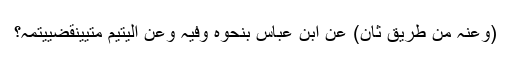
(وَعَنْہُ مِنْ طَرِیْقٍ ثَانٍ) عَنِ ابْنِ عَبَّاسٍ بِنَحْوِہِ وَفِیْہِ وَعَنِ الْیَتِیْمِ مَتٰییَنْقَضِیْیُتْمُہُ؟